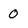
Character: 0